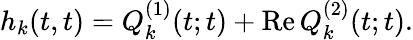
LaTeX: h_{k}(t,t)=Q_{k}^{(1)}(t;t)+\mathrm{Re}\, Q_{k}^{(2)}(t;t).